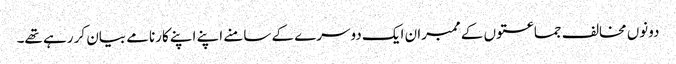
دونوں مخالف جماعتوں کے ممبران ایک دوسرے کے سامنے اپنے اپنے کارنامے بیان کر رہے تھے۔